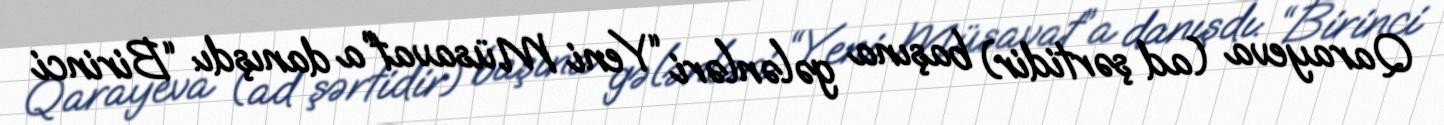
Qarayeva (ad şərtidir) başına gələnləri “Yeni Müsavat”a danışdı: “Birinci